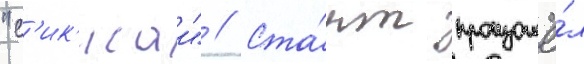
"с'ик'исаи" // Ста́рт произошё́л